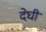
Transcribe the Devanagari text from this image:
देघी